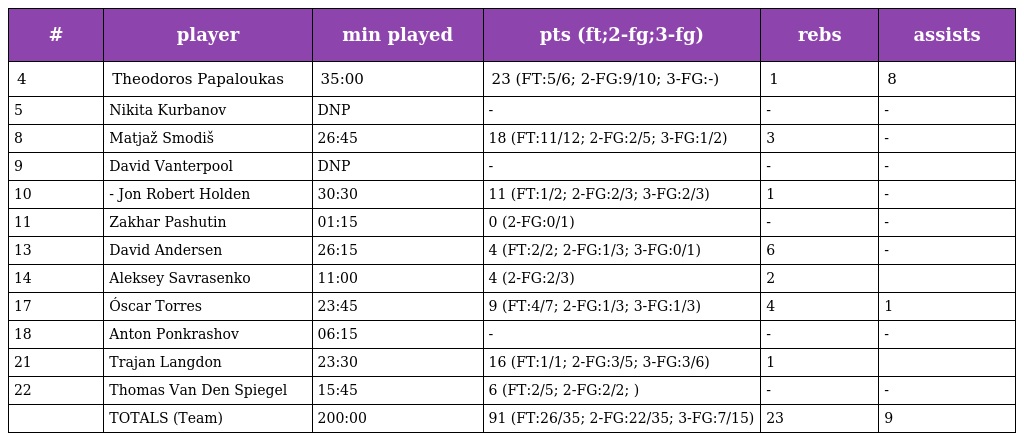
| # | player | min played | pts (ft;2-fg;3-fg) | rebs | assists |
 | --- | --- | --- | --- | --- | --- |
 | 4 | Theodoros Papaloukas | 35:00 | 23 (FT:5/6; 2-FG:9/10; 3-FG:-) | 1 | 8 |
 | 5 | Nikita Kurbanov | DNP | - | - | - |
 | 8 | Matjaž Smodiš | 26:45 | 18 (FT:11/12; 2-FG:2/5; 3-FG:1/2) | 3 | - |
 | 9 | David Vanterpool | DNP | - | - | - |
 | 10 | - Jon Robert Holden | 30:30 | 11 (FT:1/2; 2-FG:2/3; 3-FG:2/3) | 1 | - |
 | 11 | Zakhar Pashutin | 01:15 | 0 (2-FG:0/1) | - | - |
 | 13 | David Andersen | 26:15 | 4 (FT:2/2; 2-FG:1/3; 3-FG:0/1) | 6 | - |
 | 14 | Aleksey Savrasenko | 11:00 | 4 (2-FG:2/3) | 2 |  |
 | 17 | Óscar Torres | 23:45 | 9 (FT:4/7; 2-FG:1/3; 3-FG:1/3) | 4 | 1 |
 | 18 | Anton Ponkrashov | 06:15 | - | - | - |
 | 21 | Trajan Langdon | 23:30 | 16 (FT:1/1; 2-FG:3/5; 3-FG:3/6) | 1 |  |
 | 22 | Thomas Van Den Spiegel | 15:45 | 6 (FT:2/5; 2-FG:2/2; ) | - | - |
 |  | TOTALS (Team) | 200:00 | 91 (FT:26/35; 2-FG:22/35; 3-FG:7/15) | 23 | 9 |